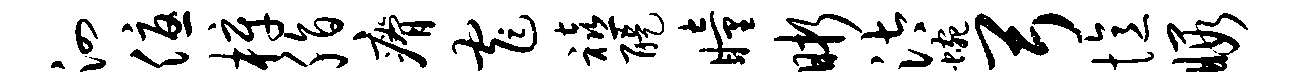
泗优梓脂瘠窄禧醍瞳晰汰蜿弓忆暇